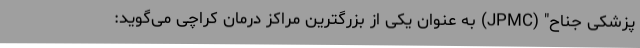
پزشکی جناح" (JPMC) به عنوان یکی از بزرگترین مراکز درمان کراچی می‌گوید: